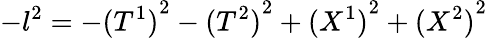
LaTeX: -l^{2}=-{(T^{1})}^{2}-{(T^{2})}^{2}+{(X^{1})}^{2}+{(X^{2})}^{2}